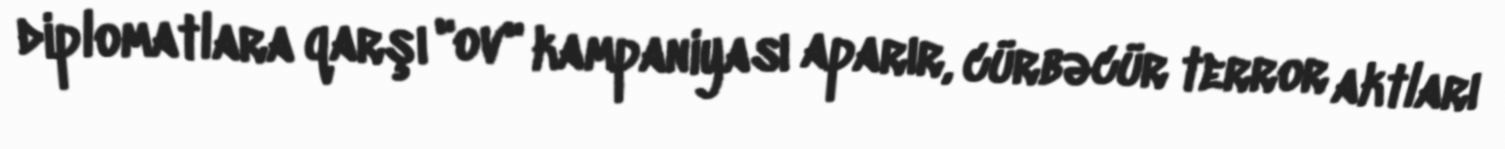
diplomatlara qarşı "ov" kampaniyası aparır, cürbəcür terror aktları